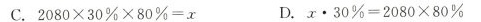
C.$$2 0 8 0 \times 3 0 % \times 8 0 % = x$$ D.$$x \cdot 3 0 % = 2 0 8 0 \times 8 0 %$$